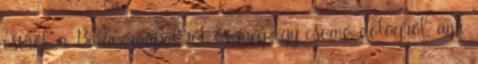
estről, a Bikavérnapokról és még egy csomó dologról, ami